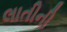
લાતીની